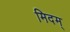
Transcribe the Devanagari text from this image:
मिदम्